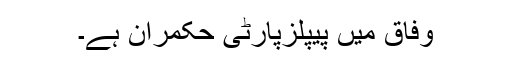
وفاق میں پیپلزپارٹی حکمران ہے۔